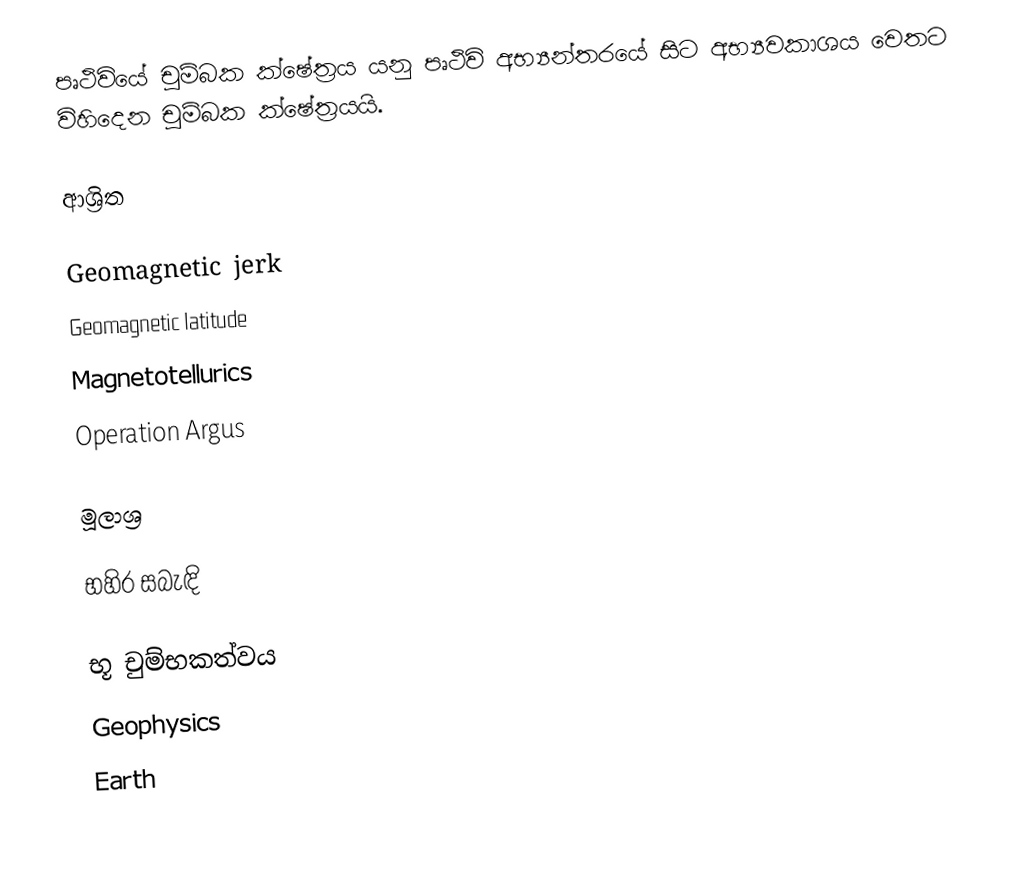
පෘථිවියේ චුම්බක ක්ෂේත්‍රය යනු පෘථිවි අභ්‍යන්තරයේ සිට අභ්‍යවකාශය වෙතට විහිදෙන චුම්බක ක්ෂේත්‍රයයි.

ආශ්‍රිත

Geomagnetic jerk
Geomagnetic latitude
Magnetotellurics
Operation Argus

මූලාශ්‍ර

භහිර සබැඳි

භූ චුම්භකත්වය
Geophysics
Earth